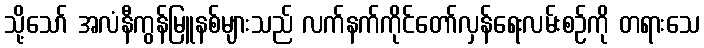
သို့သော် အလံနီကွန်မြူနစ်များသည် လက်နက်ကိုင်တော်လှန်ရေးလမ်းစဉ်ကို တရားသေ